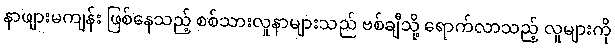
နာဖျားမကျန်း ဖြစ်နေသည့် စစ်သားလူနာများသည် ဗစ်ချီသို့ ရောက်လာသည့် လူများကို